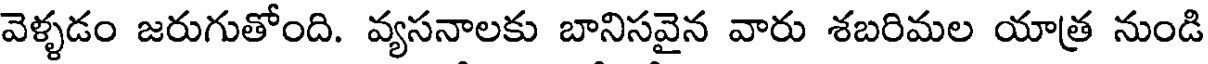
వెళ్ళడం జరుగుతోంది. వ్యసనాలకు బానిసవైన వారు శబరిమల యాత్ర నుండి